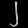
Digit: ၂